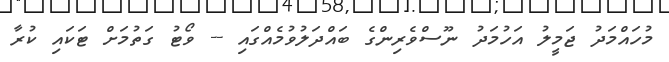
މުހައްމަދު ޖަމީލު އަހުމަދު ނޫސްވެރިންގެ ބައްދަލުވުމެއްގައި -- ވޯޓު ގަތުމަށް ޓަކައި ކުރާ